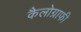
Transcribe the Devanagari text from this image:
कैलोग्राफी